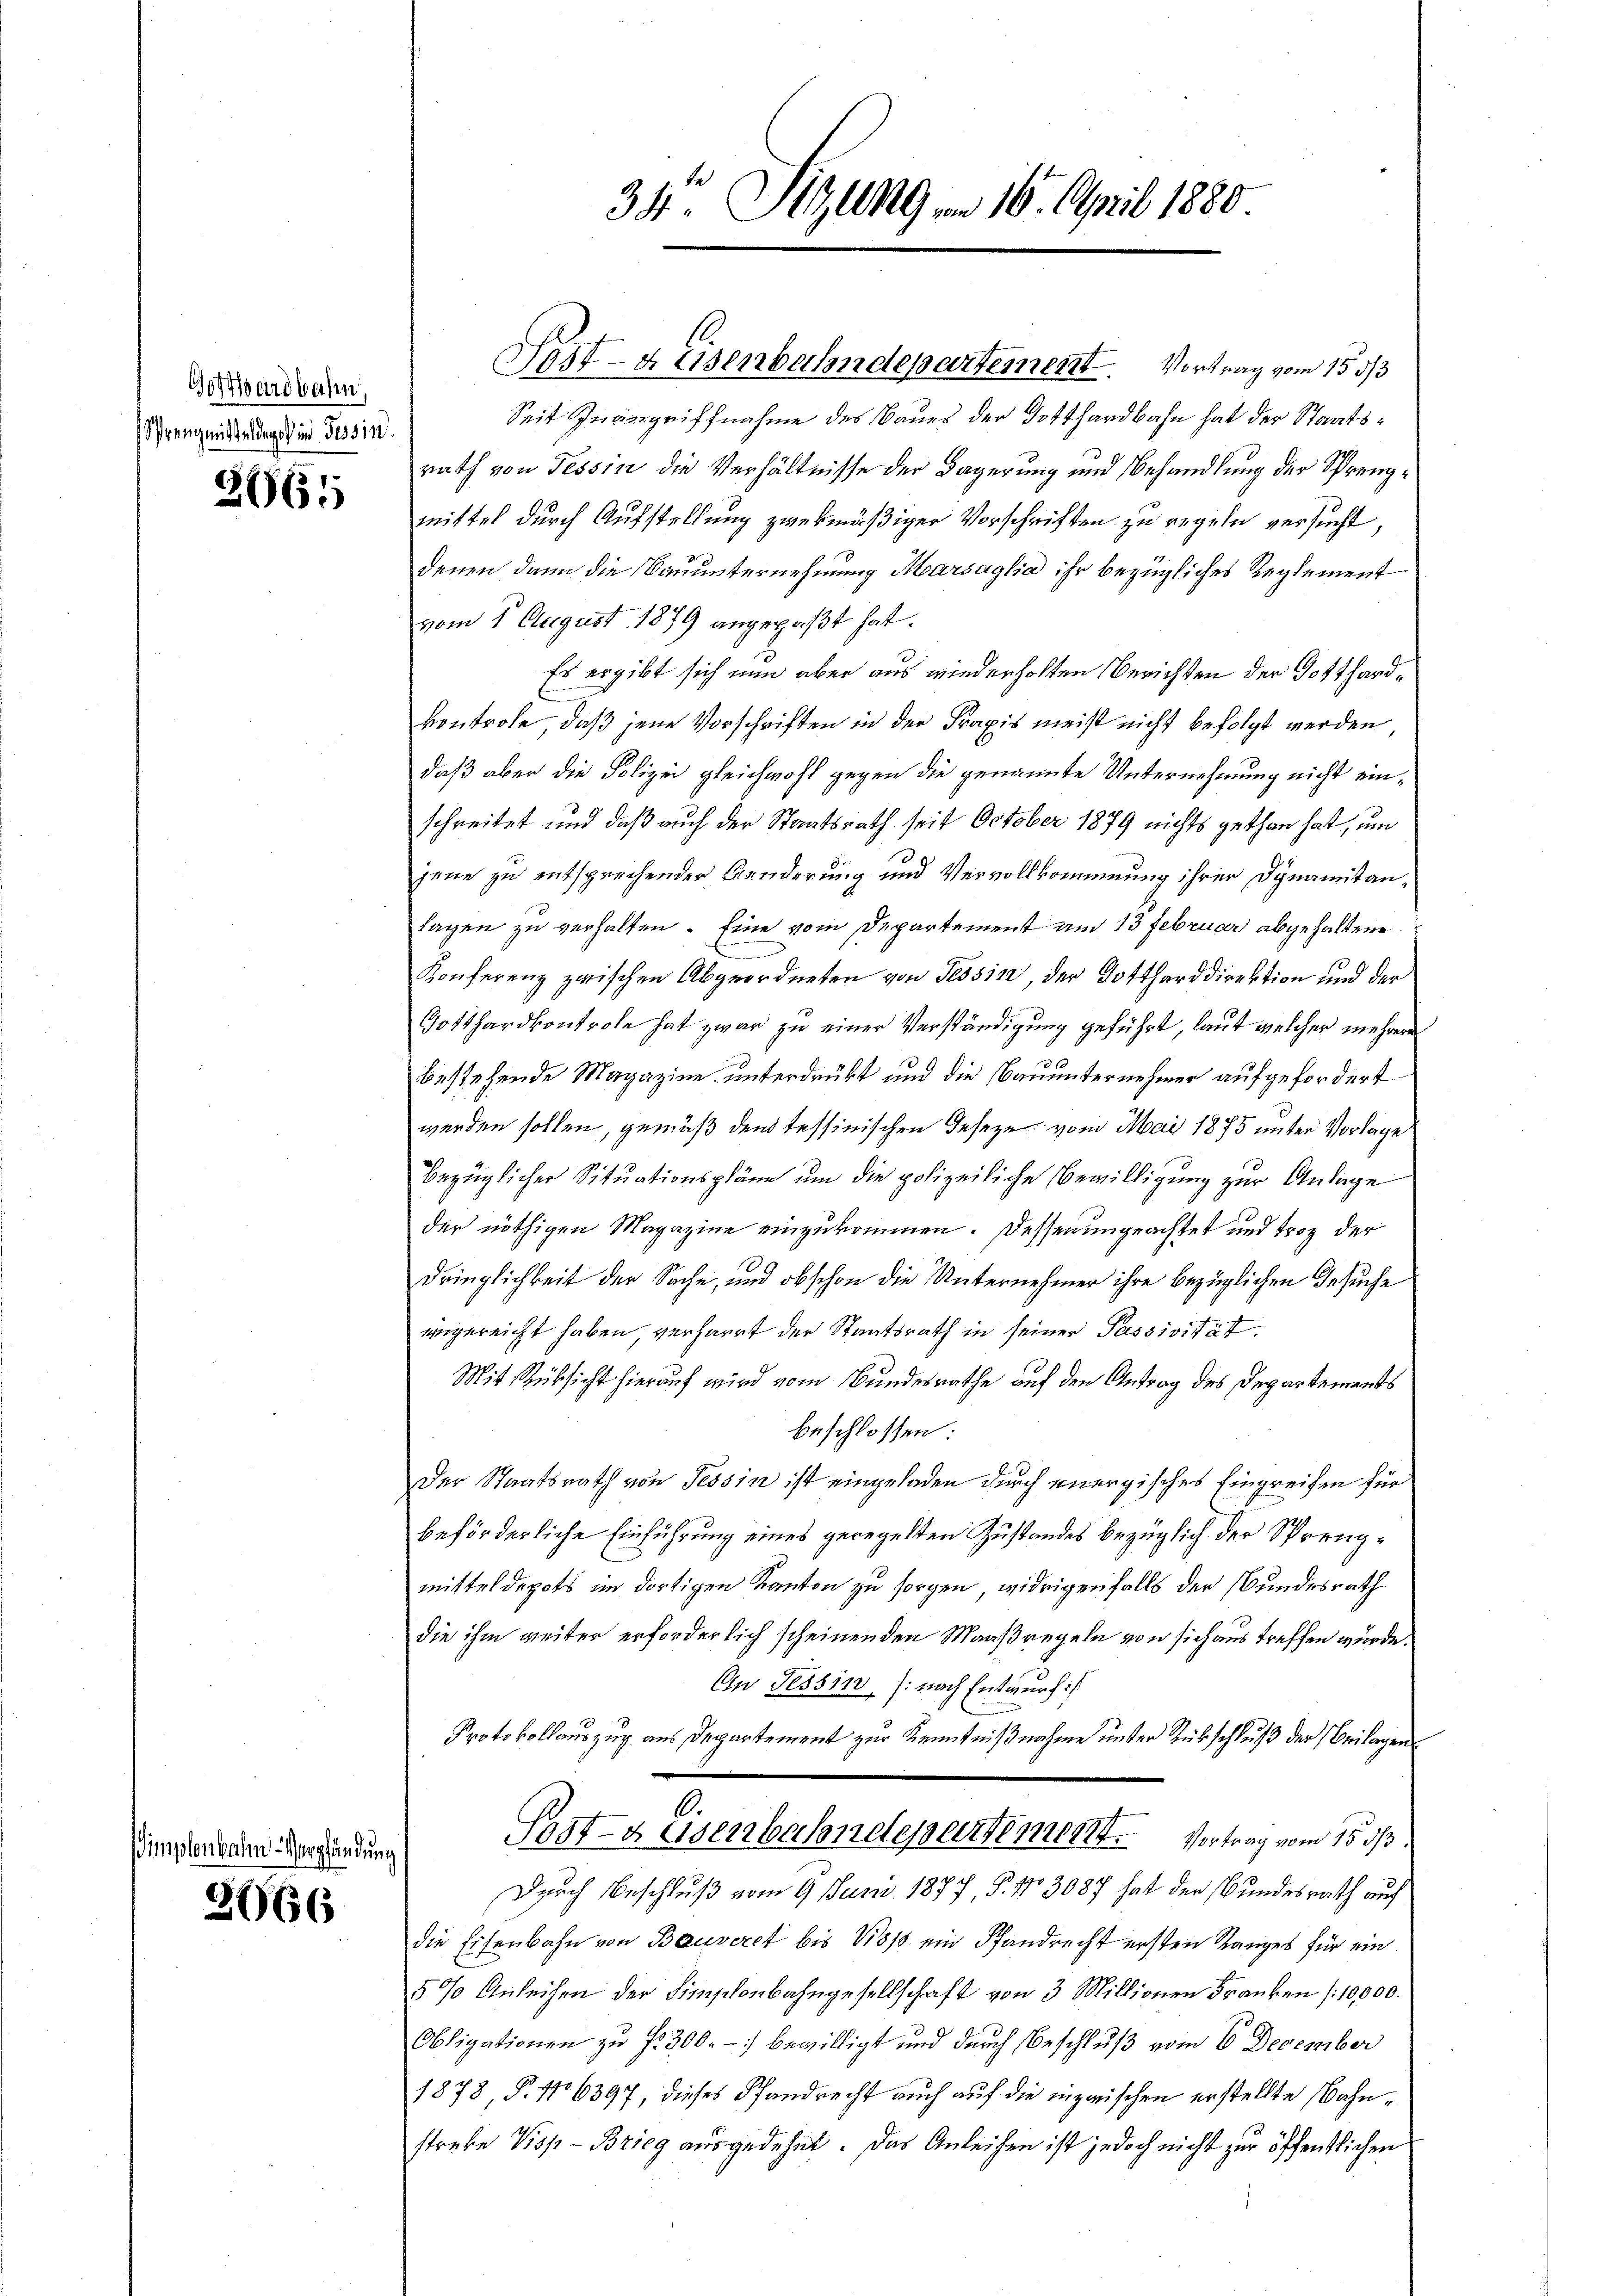
Gotthardbahn,
Sprenzmittel depot in Tessin

3661

Simplenbahn-Verpfändun

2666

34. Sitzung am 16. April 1880

Seit Inbegriffnahme des Baues der Gotthardbahn hat der Staatsrath von Tessin die Verhältnisse der Lagerung und Behandlung der Sprengmittel durch Aufstellung zwekmäßiger Vorschriften zu regeln versucht,
denen dann die Bauunternehmung Marsaglia ihr bezügliches Reglement
vom 1. August 1879 angepaßt hat.
Es ergibt sich nun aber aus wiederholten Berichten der Gotthardkontrole, daß jene Vorschriften in der Praxis meist nicht befolgt werden
daß aber die Polizei gleichwohl gegen die genannte Unternehmung nicht einschreitet und daß auch der Staatsrath seit October 1879 nichts gethan hat, um
jene zu entsprechender Aenderung und Vervollkommnung ihrer Dynamitanlagen zu verhalten. Eine vom Departement am 13 Februar abgehaltene
Konferenz zwischen Abgeordneten von Tessin, der Gottharddirektion und der
Gotthardkontrole hat zwar zu einer Verständigung geführt, laut welcher mehrere
bestehende Magazine unterdrückt und die Bauunternehmer aufgefordert
werden sollen, gemäß den tessinischen Geseze vom Mai 1875 unter Vorlage
bezüglicher Situationspläne um die polizeiliche Bewilligung zur Anlage
der nöthigen Magazine einzukommen. Dessen ungeachtet und trotz der
dringlichkeit der Sache, und obschon die Unternehmer ihre bezüglichen Gesuche
ungereicht haben verharrt der Staatsrath in seiner Passivität
Mit Rüksicht hierauf wird vom Bundesrathe auf den Antrag des Departements
beschlossen:
Der Staatsrath von Tessin ist eingeladen durch energisches Eingreifen für
beförderliche Einführung eines geregelten Zustandes bezüglich der Sprengmittel depots im dortigen Kanton zu sorgen, widrigenfalls der Bundesrath
die ihm weiter erforderlich scheinenden Maaßregeln von sich aus treffen würde.
An Tessin, (nach Entwurf :/
Protokollauszug aus Departement zur Kenntnißnahme unter Rückschluß der Beilagen
0.
Post- & Eisenbahndepartement. Vortrag vom 15. ds.
Durch Beschluß vom 9. Juni 1877, P. No 3087 hat der Bundesrath auf
die Eisenbahn von Bauveret bis 1813 ein Pfandrecht ersten Ranges für ein
5% Anleihen der Simplenbahngesellschaft von 3 Millionen Franken (10,000.
Obligationen zu f. 300.-) bewilligt und durch Beschluß vom 6. December
1878 P. No 6397, dieses Pfandrecht auch auf die inzwischen erstellte Bahnstreke Visp-Brieg ausgedehnt. Das Anleihen ist jedoch nicht zur öffentlichen

Pet-a Eisenbahndepartement. Vortrag vom 15 1/3